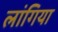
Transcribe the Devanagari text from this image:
लांगिया